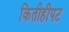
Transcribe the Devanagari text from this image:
कितीहीपट